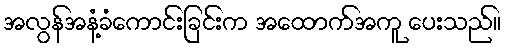
အလွန်အနံ့ခံကောင်းခြင်းက အထောက်အကူ ပေးသည်။